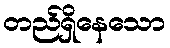
တည်ရှိနေသော